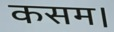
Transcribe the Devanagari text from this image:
कसम।